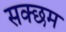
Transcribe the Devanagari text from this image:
सक्छम